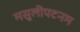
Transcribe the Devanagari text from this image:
मसुलीपटनम